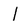
Character: 1